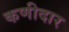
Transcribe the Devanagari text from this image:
कणीदार